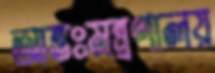
আন্তঃমন্ত্রণালয়